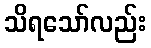
သိရသော်လည်း